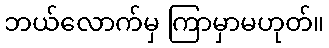
ဘယ်လောက်မှ ကြာမှာမဟုတ်။